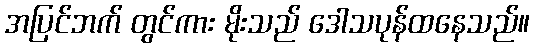
အပြင်ဘက် တွင်ကား မိုးသည် ဒေါသပုန်ထနေသည်။